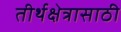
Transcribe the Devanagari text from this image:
तीर्थक्षेत्रासाठी